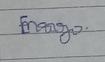
Signature authenticity: genuine